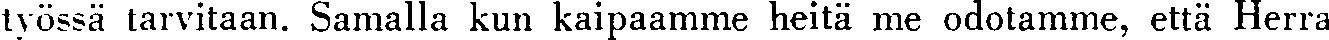
työssä tarvitaan. Samalla kun kaipaamme heitä me odotamme, että Herra